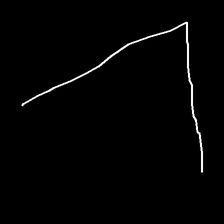
Glyph: region